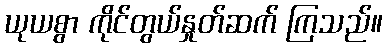
ယုယစွာ ကိုင်တွယ်နှုတ်ဆက် ကြသည်။